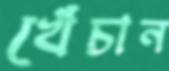
খেঁচান